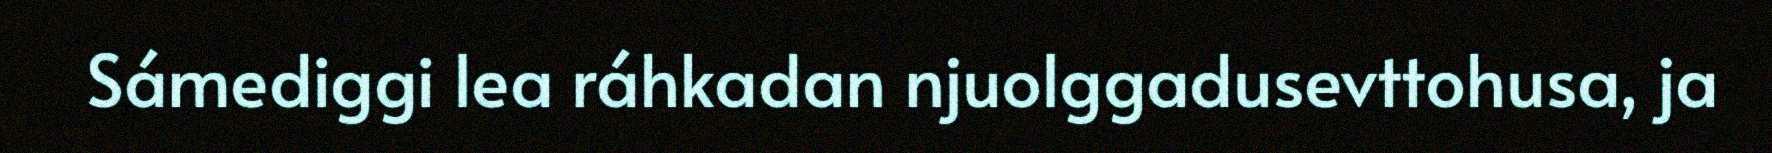
Sámediggi lea ráhkadan njuolggadusevttohusa, ja